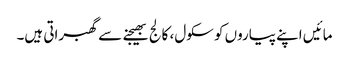
مائیں اپنے پیاروں کو سکول، کالج بھیجنے سے گھبراتی ہیں۔